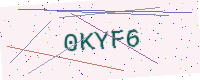
Text: 0KYF6